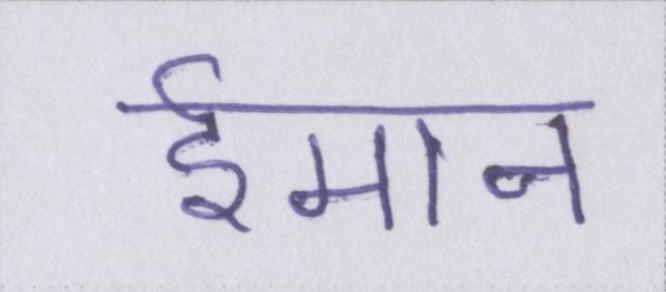
ईमान